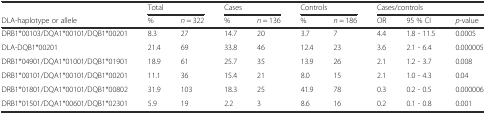
<table><thead><tr><td></td><td colspan="2"><b>Total</b></td><td colspan="2"><b>Cases</b></td><td colspan="2"><b>Controls</b></td><td colspan="3"><b>Cases/controls</b></td></tr><tr><td><b>DLA-haplotype or allele</b></td><td><b>%</b></td><td><b><i>n</i> = 322</b></td><td><b>%</b></td><td><b><i>n</i> = 136</b></td><td><b>%</b></td><td><b><i>n</i> = 186</b></td><td><b>OR</b></td><td><b>95 % CI</b></td><td><b><i>p</i>-value</b></td></tr></thead><tbody><tr><td>DRB1*00103/DQA1*00101/DQB1*00201</td><td>8.3</td><td>27</td><td>14.7</td><td>20</td><td>3.7</td><td>7</td><td>4.4</td><td>1.8 - 11.5</td><td>0.0005</td></tr><tr><td>DLA-DQB1*00201</td><td>21.4</td><td>69</td><td>33.8</td><td>46</td><td>12.4</td><td>23</td><td>3.6</td><td>2.1 - 6.4</td><td>0.000005</td></tr><tr><td>DRB1*04901/DQA1*01001/DQB1*01901</td><td>18.9</td><td>61</td><td>25.7</td><td>35</td><td>13.9</td><td>26</td><td>2.1</td><td>1.2 - 3.7</td><td>0.008</td></tr><tr><td>DRB1*00101/DQA1*00101/DQB1*00201</td><td>11.1</td><td>36</td><td>15.4</td><td>21</td><td>8.0</td><td>15</td><td>2.1</td><td>1.0 - 4.3</td><td>0.04</td></tr><tr><td>DRB1*01801/DQA1*00101/DQB1*00802</td><td>31.9</td><td>103</td><td>18.3</td><td>25</td><td>41.9</td><td>78</td><td>0.3</td><td>0.2 - 0.5</td><td>0.000006</td></tr><tr><td>DRB1*01501/DQA1*00601/DQB1*02301</td><td>5.9</td><td>19</td><td>2.2</td><td>3</td><td>8.6</td><td>16</td><td>0.2</td><td>0.1 - 0.8</td><td>0.001</td></tr></tbody></table>